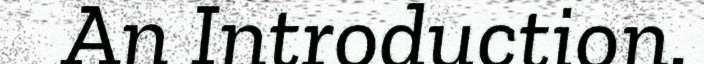
An Introduction.